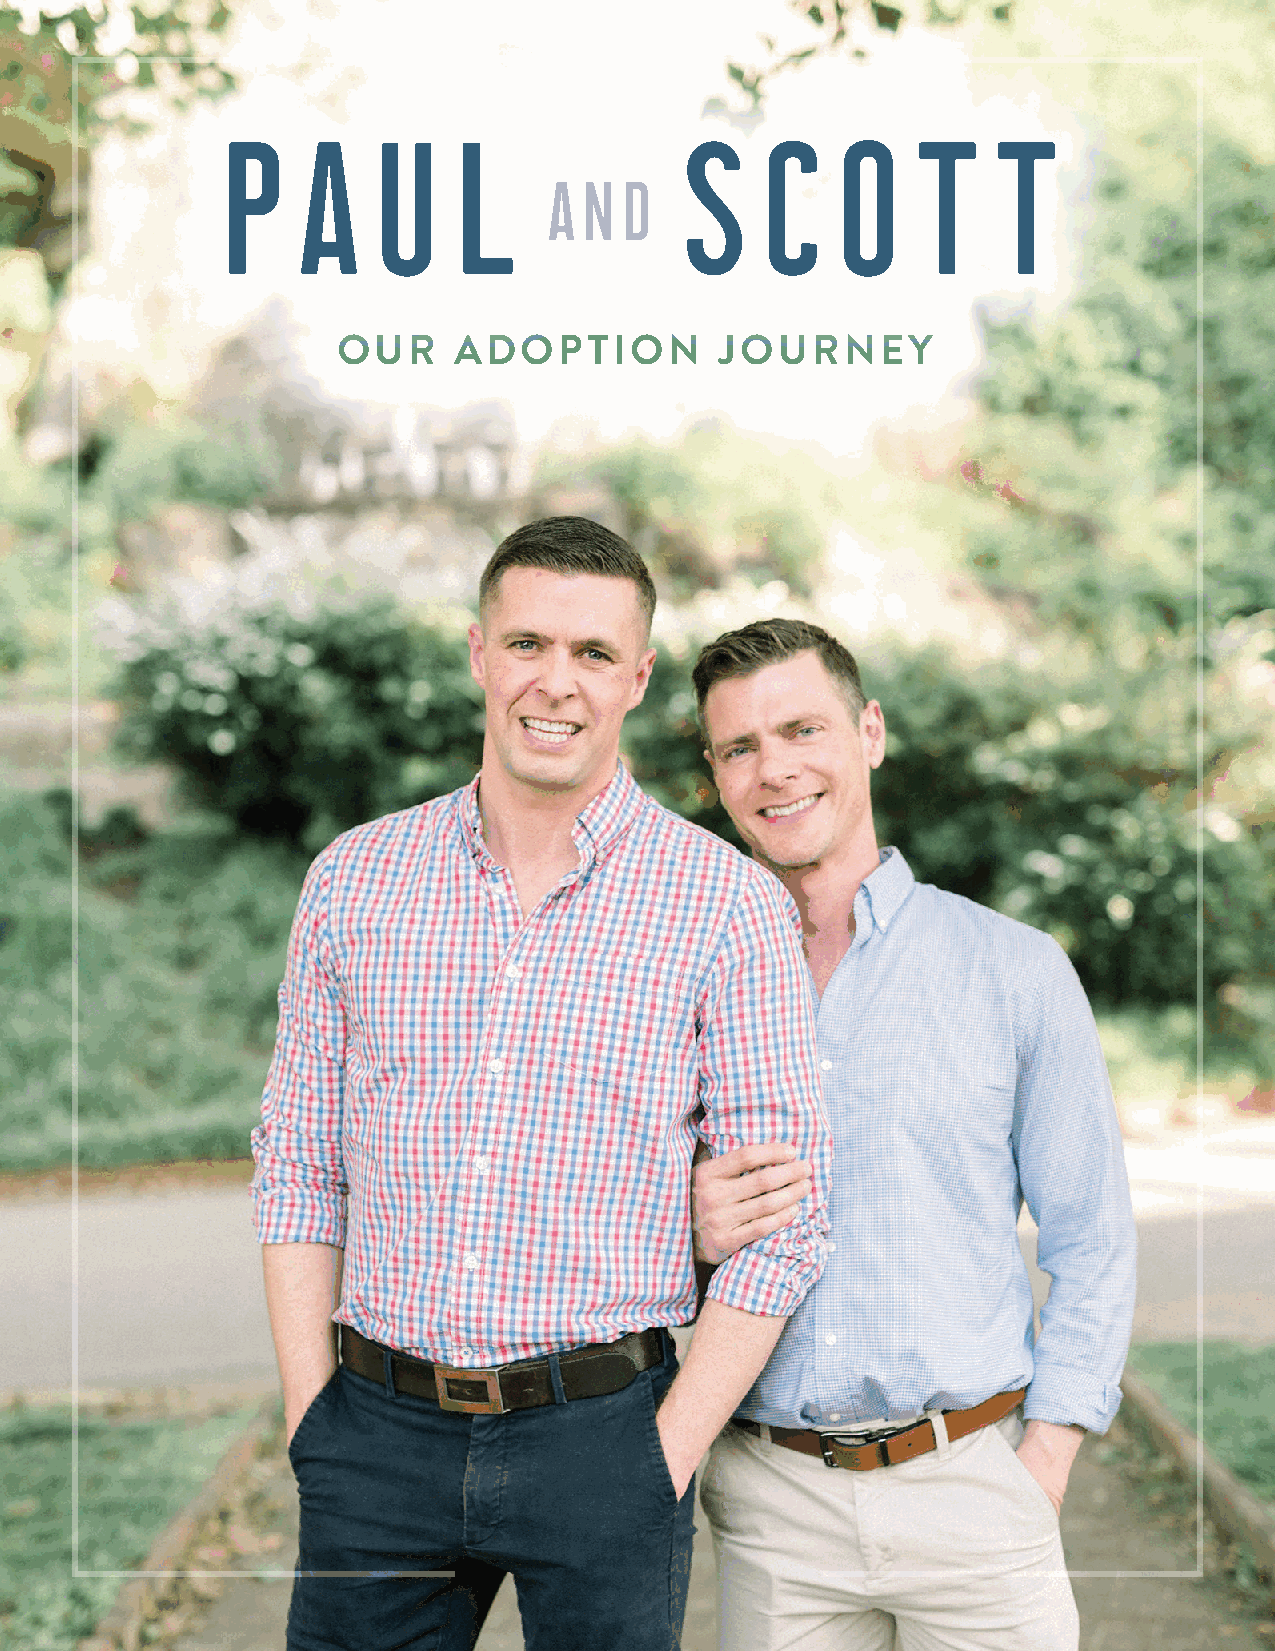
PAUL                           SCOTT
 AND
 OUR     ADOPTION         JOURNEY